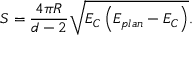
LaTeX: S = \frac { 4 \pi R } { d - 2 } \sqrt { E _ { C } \left( E _ { p l a n } - E _ { C } \right) } .